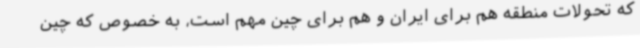
که تحولات منطقه هم برای ایران و هم برای چین مهم است، به خصوص که چین